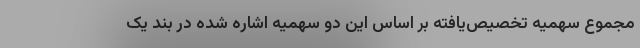
مجموع سهمیه تخصیص‌یافته بر اساس این دو سهمیه اشاره‌ شده در بند یک